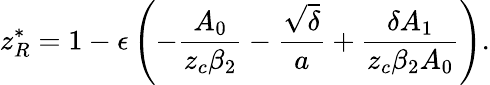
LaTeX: z_{R}^{*}=1-\epsilon\left(-\frac{A_{0}}{z_{c}\beta_{2}}-\frac{\sqrt{\delta}}{a}+\frac{\delta A_{1}}{z_{c}\beta_{2}A_{0}}\right).